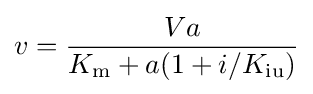
v={\frac {Va}{K_{\mathrm {m} }+a(1+i/K_{\mathrm {iu} })}}